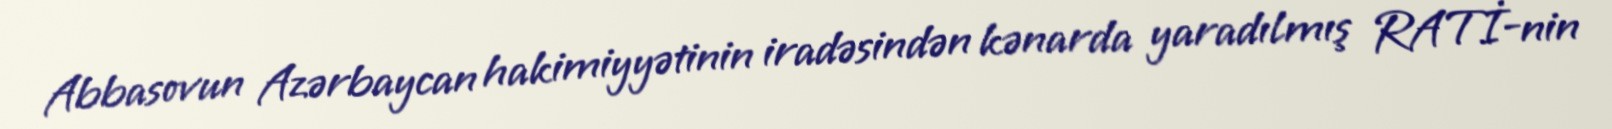
Abbasovun Azərbaycan hakimiyyətinin iradəsindən kənarda yaradılmış RATİ-nin